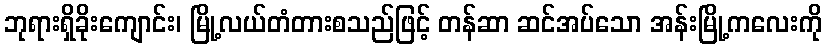
ဘုရားရှိခိုးကျောင်း၊ မြို့လယ်တံတားစသည်ဖြင့် တန်ဆာ ဆင်အပ်သော အန်းမြို့ကလေးကို